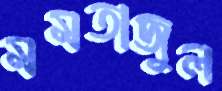
মমতাজুল